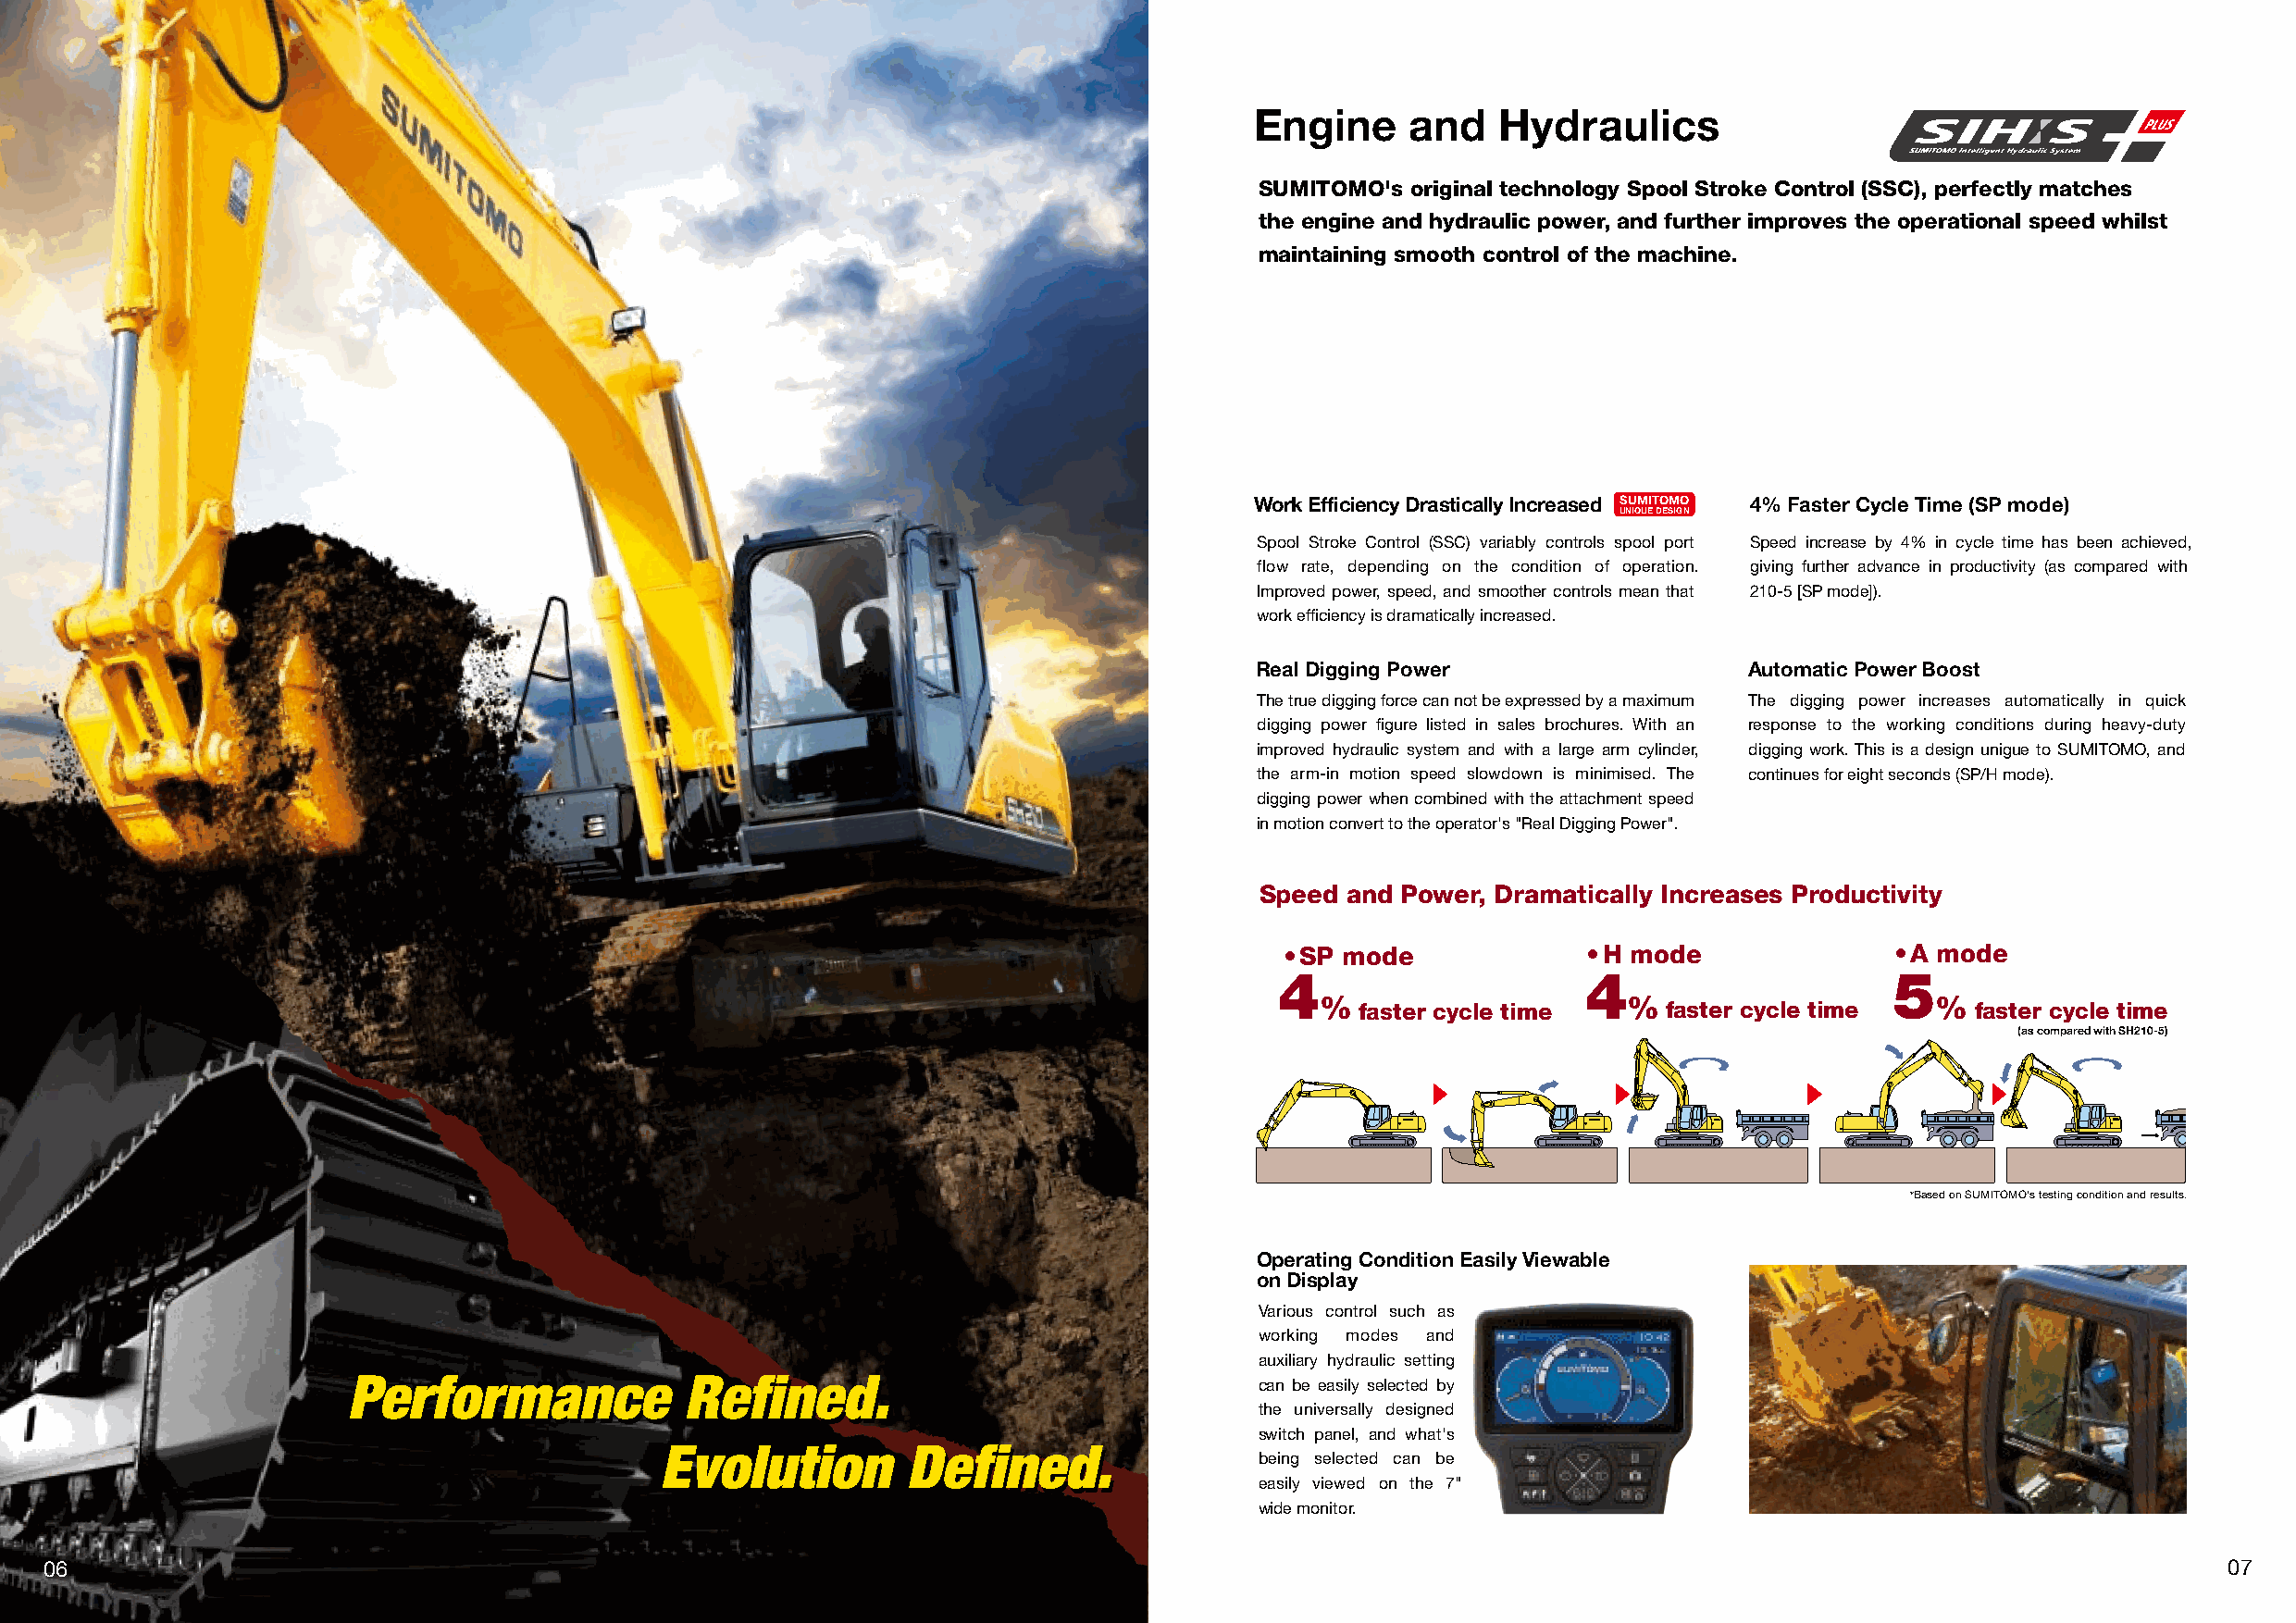
Engine     and   Hydraulics
 SUMITOMO's original technology Spool Stroke Control (SSC), perfectly matches
 the engine and hydraulic power, and further improves the operational speed whilst
 maintaining smooth control of the machine.
 Work Efficiency Drastically Increased SUMITOMO 4% Faster Cycle Time (SP mode)
 UNIQUE DESIGN
 Spool Stroke Control (SSC) variably controls spool port Speed increase by 4% in cycle time has been achieved,
 flow rate, depending on the condition of operation. giving further advance in productivity (as compared with
 Improved power, speed, and smoother controls mean that 210-5 [SP mode]).
 work efficiency is dramatically increased.
 Real Digging Power                 Automatic Power Boost
 The true digging force can not be expressed by a maximum The digging power increases automatically in quick
 digging power figure listed in sales brochures. With an response to the working conditions during heavy-duty
 improved hydraulic system and with a large arm cylinder, digging work. This is a design unigue to SUMITOMO, and
 the arm-in motion speed slowdown is minimised. The continues for eight seconds (SP/H mode).
 digging power when combined with the attachment speed
 in motion convert to the operator's "Real Digging Power".
 Speed and Power, Dramatically Increases Productivity
 • SP mode            • H mode              • A mode
 4                     4                     5
 %                     %                     %
 faster cycle time     faster cycle time     faster cycle time
 (as compared with SH210-5)
 *Based on SUMITOMO's testing condition and results.
 Operating Condition Easily Viewable
 on Display
 Various control such as
 working modes and
 auxiliary hydraulic setting
 PPeerrffoorrmmaannccee  RReeffiinneedd..                         can be easily selected by
 the universally designed
 switch panel, and what's
 EEvvoolluuttiioonn DDeeffiinneedd..
 being selected can be
 easily viewed on the 7"
 wide monitor.
 06                                                                                                                                                          07